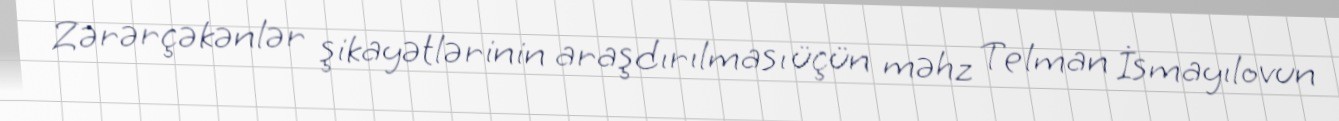
Zərərçəkənlər şikayətlərinin araşdırılması üçün məhz Telman İsmayılovun